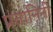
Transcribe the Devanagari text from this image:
प्रतानिनी